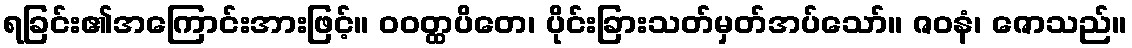
ရခြင်း၏အကြောင်းအားဖြင့်။ ဝဝတ္ထပိတေ၊ ပိုင်းခြားသတ်မှတ်အပ်သော်။ ဇဝနံ၊ ဇောသည်။